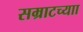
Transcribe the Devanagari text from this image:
सम्राटच्याा